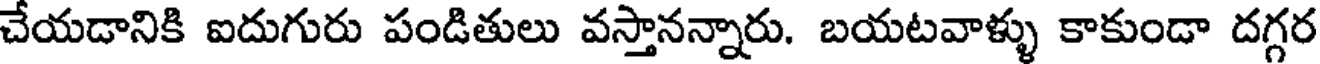
చేయడానికి ఐదుగురు పండితులు వస్తానన్నారు. బయటవాళ్ళు కాకుండా దగ్గర